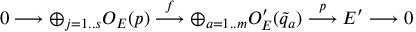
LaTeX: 0 \longrightarrow \oplus _ { j = 1 . . s } O _ { E } ( p ) \stackrel { f } { \longrightarrow } \oplus _ { a = 1 . . m } O _ { E } ^ { \prime } ( { \tilde { q } _ { a } } ) \stackrel { p } { \longrightarrow } { \cal E ^ { \prime } } \longrightarrow 0